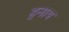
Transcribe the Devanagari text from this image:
हनाय